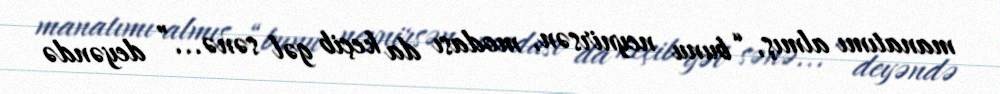
manatımı almış, “bunu neynirsən, modası da keçib gəl sənə...” deyəndə